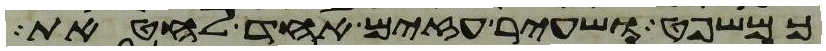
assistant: כמשפט ושעיר עזים אחד לחטאת